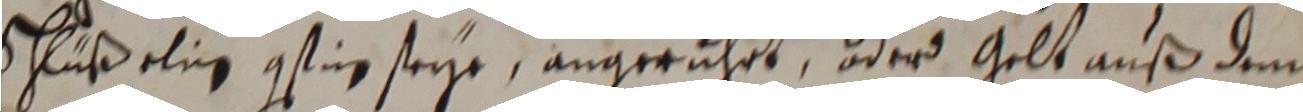
Schlußelin gstin seye, angerüget oder gelt auß dem